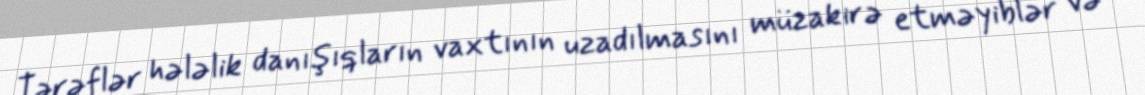
Tərəflər hələlik danışıqların vaxtının uzadılmasını müzakirə etməyiblər və